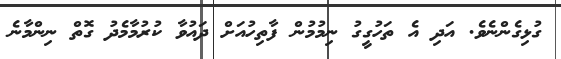
ގުޅިގެންނެވެ. އަދި އެ ތަހުގީގު ނިމުމުން ފާތިހުއަށް ދައުވާ ކުރުމާމެދު ގޮތް ނިންމާނެ